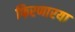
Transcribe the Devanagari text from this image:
फिरणारया